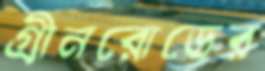
গ্রীনরোডের